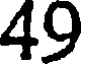
49